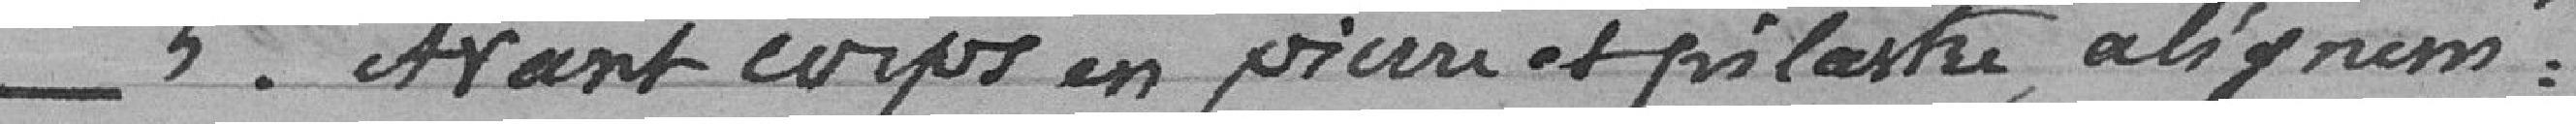
_5. Avant corps en pierre et pilastre alignem: